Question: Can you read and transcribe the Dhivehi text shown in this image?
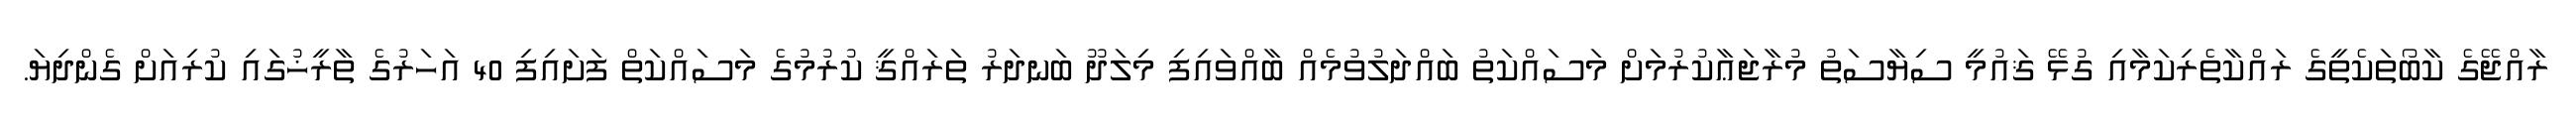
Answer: ރާއްޖޭގެ ކާބޯތަކެތީގެ ރައްކާތެރިކަމާއި ގުޅޭ ޤައުމީ ސިޔާސަތު މުރާޖަޢާކުރުމަށް މަސައްކަތު ބައްދަލުވުމެއް ބާއްވައިފި މިލަދޫ ބަނދަރު ތަރައްޤީ ކުރުމުގެ މަސައްކަތް ފަށައިފި 40 އަހަރުގެ ތާރީޚުގައި ކުރިއަށް ގެންދިޔަ.